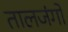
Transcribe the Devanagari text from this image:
तालजंगों